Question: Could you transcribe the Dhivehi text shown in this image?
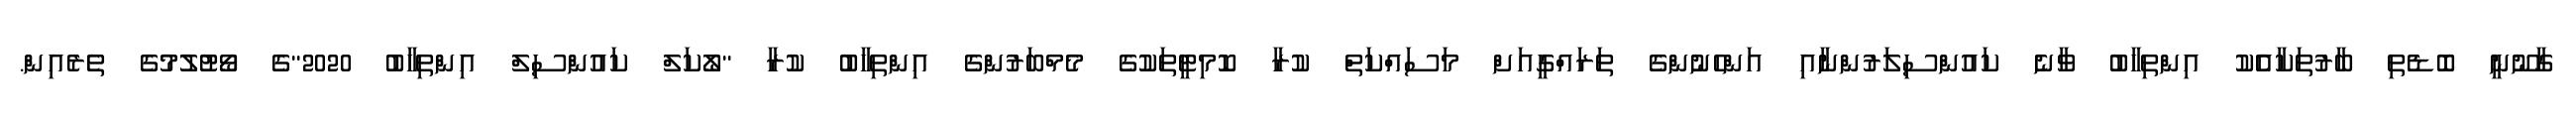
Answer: ގާނޫނީ ބޮޑެތި ބާރުތަކާއެެކު އިންތިހާބު ވާނެ ކައުންސިލަރުންނާއި އަންހެނުންގެ ތަރައްގީއަށް މަސައްކަތް ކުރާ ކޮމިޓީތަކުގެ މެމްބަރުންގެ އިންތިހާބު ކުރާ "ލޯކަލް ކައުންސިލް އިންތިހާބު 2020"ގެ ވޯޓުލުމުގެ ތެރެއިން.